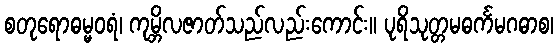
စတုရောဓမ္မဝရံ၊ ကုမ္ဘိလဇာတ်သည်လည်းကောင်း။ ပုရိသုတ္တမဓင်္ကမဂဓာစ၊